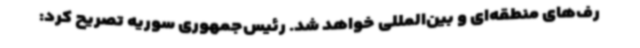
رف‌های منطقه‌ای و بین‌المللی خواهد شد. رئیس‌جمهوری سوریه تصریح کرد: